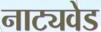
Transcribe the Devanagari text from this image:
नाट्यवेड